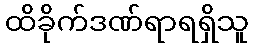
ထိခိုက်ဒဏ်ရာရရှိသူ